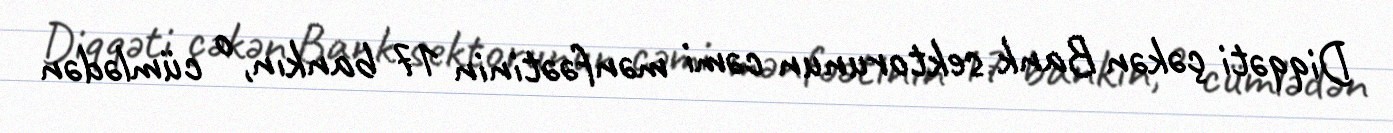
Diqqəti çəkən Bank sektorunun cəmi mənfəətinin 17 bankın, o cümlədən